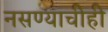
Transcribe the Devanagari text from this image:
नसण्याचीही